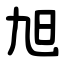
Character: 旭